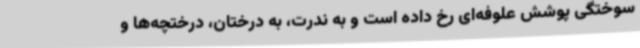
سوختگی پوشش علوفه‌ای رخ داده است و به ندرت، به درختان، درختچه‌ها و